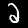
Digit: 2